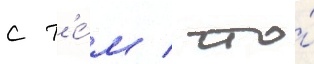
с т'е́м / что́